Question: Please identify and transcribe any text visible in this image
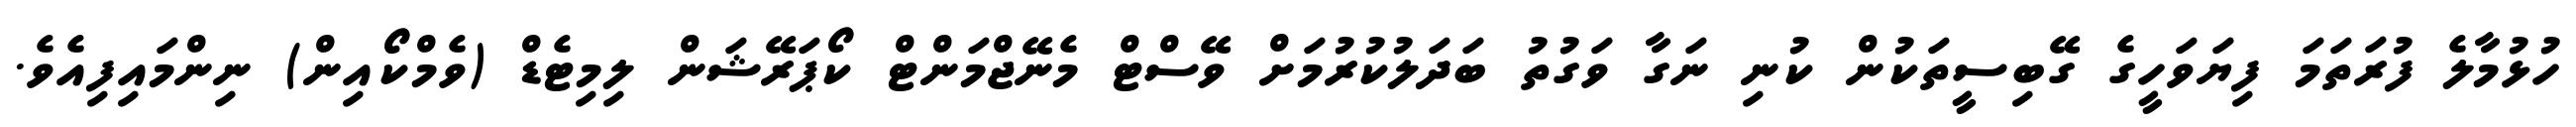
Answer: ހުޅުމާލެ ފުރަތަމަ ފިޔަވަހީގެ ގޭބިސީތަކުން ކުނި ނަގާ ވަގުތު ބަދަލުކުރުމަށް ވޭސްޓް މެނޭޖްމަންޓް ކޯޕަރޭޝަން ލިމިޓެޑް (ވެމްކޯއިން) ނިންމައިފިއެވެ.